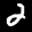
Label: 2